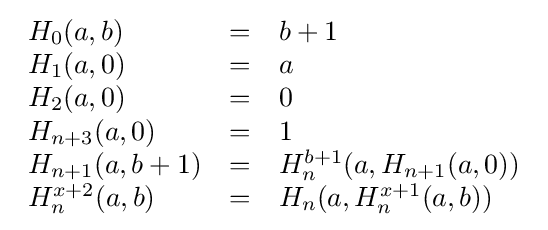
{\begin{array}{lcl}H_{0}(a,b)&=&b+1\\H_{1}(a,0)&=&a\\H_{2}(a,0)&=&0\\H_{n+3}(a,0)&=&1\\H_{n+1}(a,b+1)&=&H_{n}^{b+1}(a,H_{n+1}(a,0))\\H_{n}^{x+2}(a,b)&=&H_{n}(a,H_{n}^{x+1}(a,b))\end{array}}